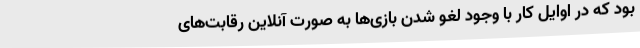
بود که در اوایل کار با وجود لغو شدن بازی‌ها به صورت آنلاین رقابت‌های